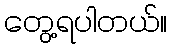
တွေ့ရပါတယ်။